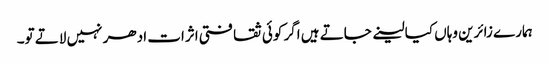
ہمارے زائرین وہاں کیا لینے جاتے ہیں اگر کوئی ثقافتی اثرات ادھر نہیں لاتے تو۔